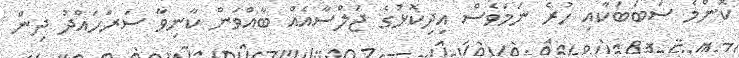
ކޮންމެ ސަބަބަކާއި ހުރެ ނަމަވެސް އިދިކޮޅުގެ ޖަލްސާއެއް ބާއްވަން ކާނިވާ ސަރަހައްދު ދިން